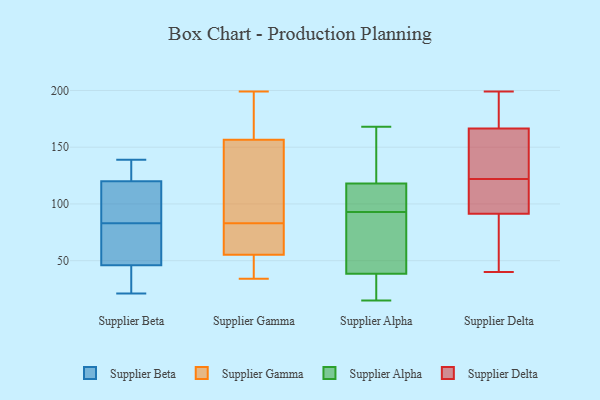
{"axis": {"x": "Active Users", "y": "Value"}, "legend": ["Supplier Alpha", "Supplier Beta", "Supplier Delta", "Supplier Gamma"], "data": [{"x": "", "y": 39, "type": "Supplier Beta"}, {"x": "", "y": 69, "type": "Supplier Beta"}, {"x": "", "y": 47, "type": "Supplier Beta"}, {"x": "", "y": 112, "type": "Supplier Beta"}, {"x": "", "y": 46, "type": "Supplier Beta"}, {"x": "", "y": 97, "type": "Supplier Beta"}, {"x": "", "y": 125, "type": "Supplier Beta"}, {"x": "", "y": 120, "type": "Supplier Beta"}, {"x": "", "y": 21, "type": "Supplier Beta"}, {"x": "", "y": 139, "type": "Supplier Beta"}, {"x": "", "y": 46, "type": "Supplier Gamma"}, {"x": "", "y": 34, "type": "Supplier Gamma"}, {"x": "", "y": 179, "type": "Supplier Gamma"}, {"x": "", "y": 62, "type": "Supplier Gamma"}, {"x": "", "y": 199, "type": "Supplier Gamma"}, {"x": "", "y": 50, "type": "Supplier Gamma"}, {"x": "", "y": 83, "type": "Supplier Gamma"}, {"x": "", "y": 79, "type": "Supplier Gamma"}, {"x": "", "y": 149, "type": "Supplier Gamma"}, {"x": "", "y": 85, "type": "Supplier Gamma"}, {"x": "", "y": 57, "type": "Supplier Gamma"}, {"x": "", "y": 185, "type": "Supplier Gamma"}, {"x": "", "y": 124, "type": "Supplier Gamma"}, {"x": "", "y": 129, "type": "Supplier Alpha"}, {"x": "", "y": 117, "type": "Supplier Alpha"}, {"x": "", "y": 51, "type": "Supplier Alpha"}, {"x": "", "y": 132, "type": "Supplier Alpha"}, {"x": "", "y": 21, "type": "Supplier Alpha"}, {"x": "", "y": 15, "type": "Supplier Alpha"}, {"x": "", "y": 36, "type": "Supplier Alpha"}, {"x": "", "y": 17, "type": "Supplier Alpha"}, {"x": "", "y": 62, "type": "Supplier Alpha"}, {"x": "", "y": 21, "type": "Supplier Alpha"}, {"x": "", "y": 116, "type": "Supplier Alpha"}, {"x": "", "y": 106, "type": "Supplier Alpha"}, {"x": "", "y": 127, "type": "Supplier Alpha"}, {"x": "", "y": 93, "type": "Supplier Alpha"}, {"x": "", "y": 118, "type": "Supplier Alpha"}, {"x": "", "y": 118, "type": "Supplier Alpha"}, {"x": "", "y": 60, "type": "Supplier Alpha"}, {"x": "", "y": 46, "type": "Supplier Alpha"}, {"x": "", "y": 168, "type": "Supplier Alpha"}, {"x": "", "y": 95, "type": "Supplier Delta"}, {"x": "", "y": 122, "type": "Supplier Delta"}, {"x": "", "y": 199, "type": "Supplier Delta"}, {"x": "", "y": 176, "type": "Supplier Delta"}, {"x": "", "y": 129, "type": "Supplier Delta"}, {"x": "", "y": 138, "type": "Supplier Delta"}, {"x": "", "y": 102, "type": "Supplier Delta"}, {"x": "", "y": 73, "type": "Supplier Delta"}, {"x": "", "y": 90, "type": "Supplier Delta"}, {"x": "", "y": 199, "type": "Supplier Delta"}, {"x": "", "y": 40, "type": "Supplier Delta"}]}